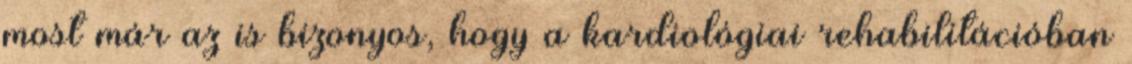
most már az is bizonyos, hogy a kardiológiai rehabilitációban